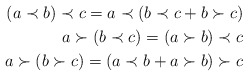
\begin{align*}(a\prec b)\prec c = a\prec (b\prec c + b\succ c) \\a\succ (b\prec c) = (a\succ b)\prec c \\a\succ (b\succ c) =(a\prec b + a\succ b)\succ c \end{align*}